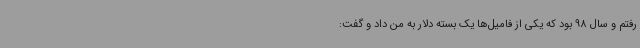
رفتم و سال 98 بود که یکی از فامیل‌ها یک بسته دلار به من داد و گفت: